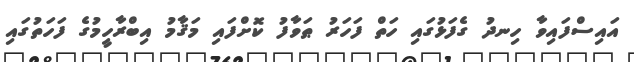
އައިސްފައިވާ ހިނދު ގެފަޅުގައި ހަތް ފަހަރު ޠަވާފު ކޮށްފައި މަޤާމު އިބްރާހީމުގެ ފަހަތުގައި